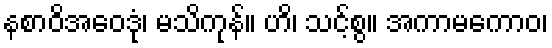
နစာဝိအဝေဒုံ၊ မသိကုန်။ ဟိ၊ သင့်စွ။ အကာမကောဝ၊